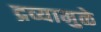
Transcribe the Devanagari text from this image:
द्रव्यामुळे